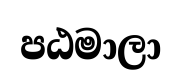
පඨමාලා